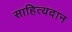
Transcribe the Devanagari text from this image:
साहित्यदान